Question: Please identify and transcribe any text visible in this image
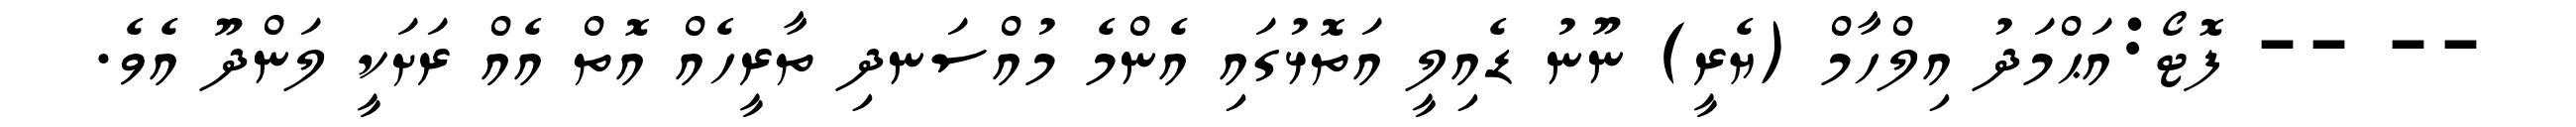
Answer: -- -- ފޮޓޯ:އަޙްމަދު އިލްހާމް (ޔެރީ) ނޫނު ޑެއިލީ އަތޮޅުގައި އެންމެ މުއްސަނދި ތާރީހެއް އޮތް އެއް ރަށަކީ ލަންދޫ އެވެ.